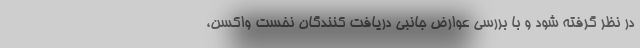
در نظر گرفته شود و با بررسی عوارض جانبی دریافت کنندگان نخست واکسن،